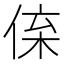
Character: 𠉪